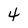
Character: 4